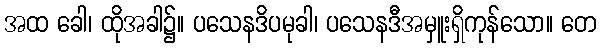
အထ ခေါ၊ ထိုအခါ၌။ ပသေနဒိပမုခါ၊ ပသေနဒီအမှူးရှိကုန်သော။ တေ